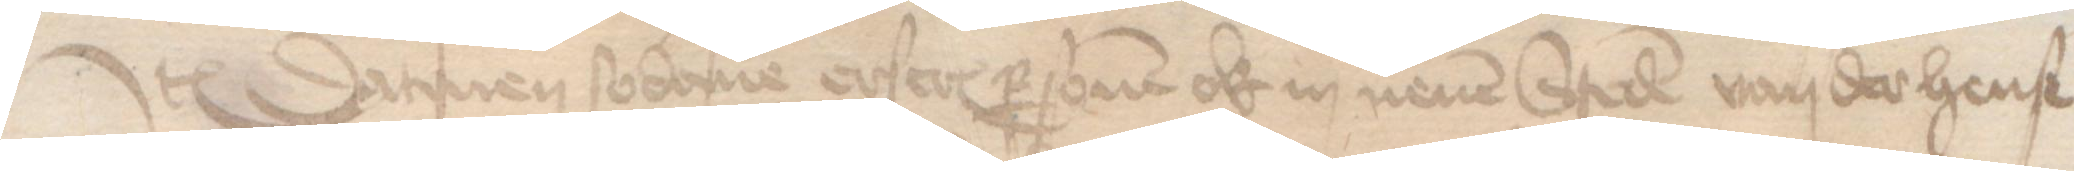
Jtem Datmen sodane erscreuen personen ok in nenen Steden van der hense